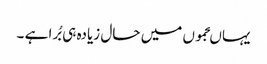
یہاںجموں میں حال زیادہ ہی بُرا ہے ۔